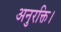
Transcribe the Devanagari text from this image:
अनुरक्ति।